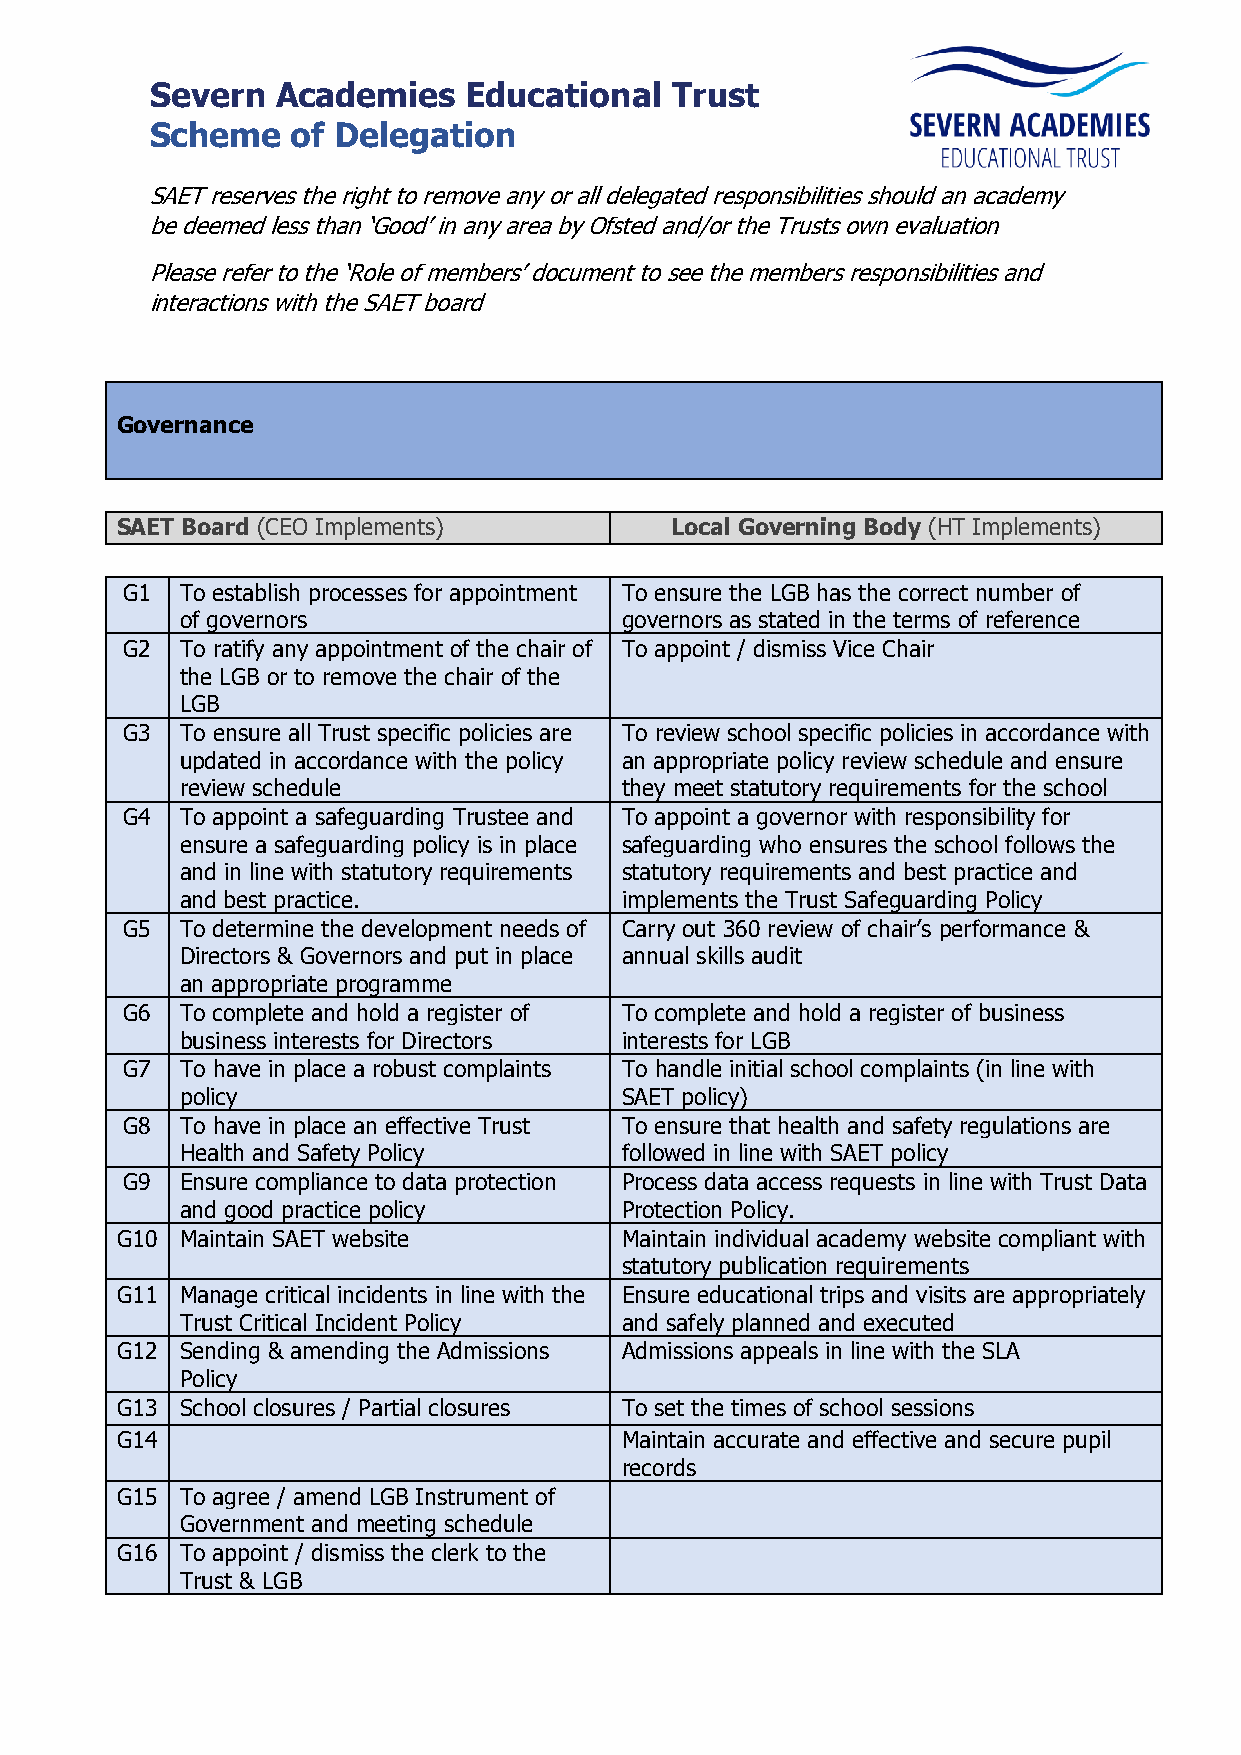
Severn  Academies    Educational  Trust
 Scheme   of Delegation
 SAET reserves the right to remove any or all delegated responsibilities should an academy
 be deemed less than ‘Good’ in any area by Ofsted and/or the Trusts own evaluation
 Please refer to the ‘Role of members’ document to see the members responsibilities and
 interactions with the SAET board
 Governance
 SAET Board (CEO Implements)         Local Governing Body (HT Implements)
 G1  To establish processes for appointment To ensure the LGB has the correct number of
 of governors                 governors as stated in the terms of reference
 G2  To ratify any appointment of the chair of To appoint / dismiss Vice Chair
 the LGB or to remove the chair of the
 LGB
 G3  To ensure all Trust specific policies are To review school specific policies in accordance with
 updated in accordance with the policy an appropriate policy review schedule and ensure
 review schedule              they meet statutory requirements for the school
 G4  To appoint a safeguarding Trustee and To appoint a governor with responsibility for
 ensure a safeguarding policy is in place safeguarding who ensures the school follows the
 and in line with statutory requirements statutory requirements and best practice and
 and best practice.           implements the Trust Safeguarding Policy
 G5  To determine the development needs of Carry out 360 review of chair’s performance &
 Directors & Governors and put in place annual skills audit
 an appropriate programme
 G6  To complete and hold a register of To complete and hold a register of business
 business interests for Directors interests for LGB
 G7  To have in place a robust complaints To handle initial school complaints (in line with
 policy                       SAET policy)
 G8  To have in place an effective Trust To ensure that health and safety regulations are
 Health and Safety Policy     followed in line with SAET policy
 G9  Ensure compliance to data protection Process data access requests in line with Trust Data
 and good practice policy     Protection Policy.
 G10 Maintain SAET website        Maintain individual academy website compliant with
 statutory publication requirements
 G11 Manage critical incidents in line with the Ensure educational trips and visits are appropriately
 Trust Critical Incident Policy and safely planned and executed
 G12 Sending & amending the Admissions Admissions appeals in line with the SLA
 Policy
 G13 School closures / Partial closures To set the times of school sessions
 G14                              Maintain accurate and effective and secure pupil
 records
 G15 To agree / amend LGB Instrument of
 Government and meeting schedule
 G16 To appoint / dismiss the clerk to the
 Trust & LGB